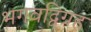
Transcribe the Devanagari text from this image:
भगवद्विग्रह